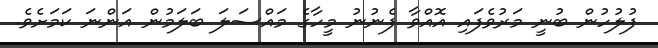
ފުލުހުން ބުނީ މަރުވެފައި އޮއްވާ ފެނުނު މީހާގެ މައްސަލަ ބަލަމުން އަންނަ ކަމަށެވެ.